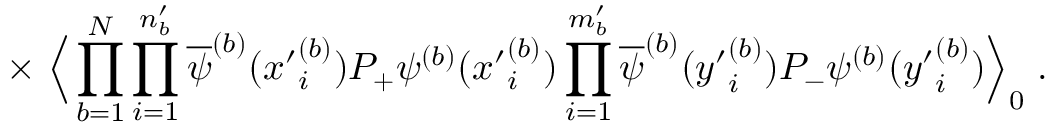
\times \; \Big \langle \prod _ { b = 1 } ^ { N } \prod _ { i = 1 } ^ { n _ { b } ^ { \prime } } \overline { { { \psi } } } ^ { ( b ) } ( { x ^ { \prime } } _ { i } ^ { ( b ) } ) P _ { + } \psi ^ { ( b ) } ( { x ^ { \prime } } _ { i } ^ { ( b ) } ) \prod _ { i = 1 } ^ { m _ { b } ^ { \prime } } \overline { { { \psi } } } ^ { ( b ) } ( { y ^ { \prime } } _ { i } ^ { ( b ) } ) P _ { - } \psi ^ { ( b ) } ( { y ^ { \prime } } _ { i } ^ { ( b ) } ) \Big \rangle _ { 0 } \; .